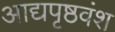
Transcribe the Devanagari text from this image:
आद्यपृष्ठवंश